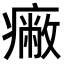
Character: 𤺓